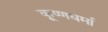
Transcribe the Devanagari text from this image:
कृ्ष्णधर्मा